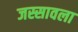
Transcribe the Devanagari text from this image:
जस्सावला